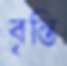
বৃন্তি